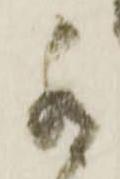
罷